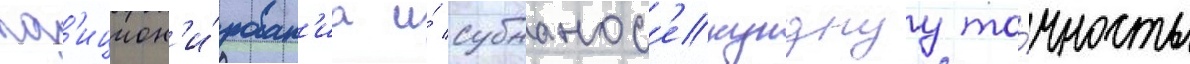
поз'ицион'и́рован'иа и́ субнанос'екунднуу то́чность